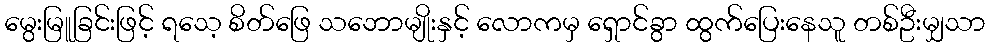
မွေးမြူခြင်းဖြင့် ရသေ့ စိတ်ဖြေ သဘောမျိုးနှင့် လောကမှ ရှောင်ခွာ ထွက်ပြေးနေသူ တစ်ဦးမျှသာ